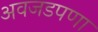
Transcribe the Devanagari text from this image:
अवजडपणा